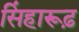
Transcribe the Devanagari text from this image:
सिंहारूढ़